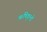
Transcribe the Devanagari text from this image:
ऋषिकुलों